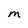
Character: M